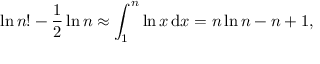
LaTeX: \ln n ! - { \frac { 1 } { 2 } } \ln n \approx \int _ { 1 } ^ { n } \ln x \, \mathrm { { d } } x = n \ln n - n + 1 ,